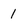
Character: 1